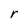
Character: r